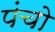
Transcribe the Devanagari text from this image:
पंचो